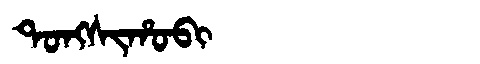
Manchu: ᡨᠣᠩᠰᡳᡥᠣᠪᡳ
Romanization: TONGSIHOBI